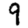
Digit: 9